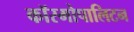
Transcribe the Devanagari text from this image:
कॉस्मोपालिटन